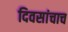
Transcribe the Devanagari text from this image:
दिवसांचाच